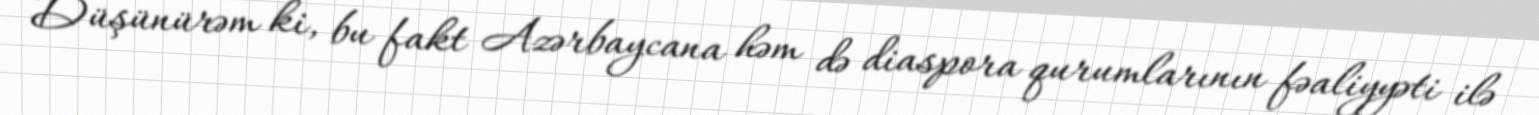
Düşünürəm ki, bu fakt Azərbaycana həm də diaspora qurumlarının fəaliyyəti ilə